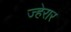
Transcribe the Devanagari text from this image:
ज्हेरार